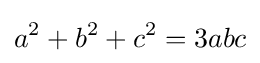
a^{2}+b^{2}+c^{2}=3abc